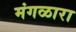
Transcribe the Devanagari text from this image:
मंगळारा